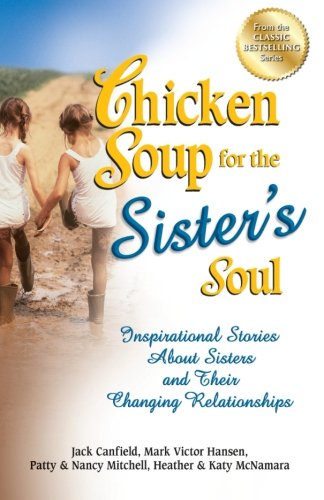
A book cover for Chicken Soup for the Sister's Soul: Inspirational Stories About Sisters and Their Changing Relationships (Chicken Soup for the Soul); Jack Canfield; Parenting & Relationships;